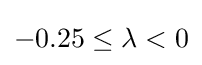
-0.25\leq \lambda <0